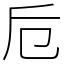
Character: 卮